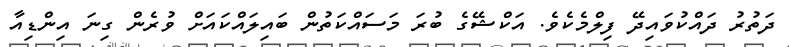
ދަތުރު ދައްކުވައިދޭ ފިލްމެކެވެ. އަކްޝޭގެ ބުރަ މަސައްކަތުން ބައިލައްކައަށް ވުރެން ގިނަ އިންޑިއާ